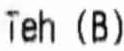
TEH (B)